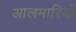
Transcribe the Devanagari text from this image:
आलमारियाँ